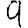
Digit: 9